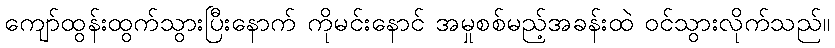
ကျော်ထွန်းထွက်သွားပြီးနောက် ကိုမင်းနောင် အမှုစစ်မည့်အခန်းထဲ ဝင်သွားလိုက်သည်။